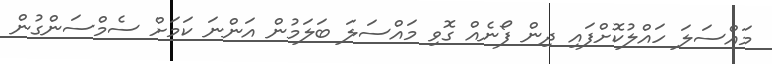
މައްސަލަ ހައްލުކޮށްފައި ދިން ފޯނެއް ގޮވި މައްސަލަ ބަލަމުން އަންނަ ކަމަށް ސެމްސަންގުން